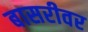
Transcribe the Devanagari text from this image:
बासरीवर